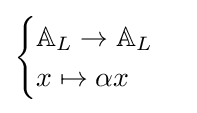
{\begin{cases}\mathbb {A} _{L}\to \mathbb {A} _{L}\\x\mapsto \alpha x\end{cases}}